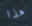
هذا